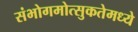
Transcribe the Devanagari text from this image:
संभोगमोत्सुकतेमध्ये